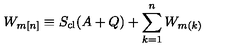
W _ { m [ n ] } \equiv S _ { \mathrm { c l } } ( A + Q ) + \sum _ { k = 1 } ^ { n } W _ { m ( k ) }